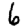
Digit: 6